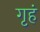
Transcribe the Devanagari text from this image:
गृहं